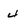
Character: 4